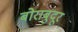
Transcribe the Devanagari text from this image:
बोराबुदूर